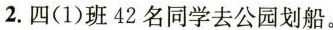
2.四（1）班42名同学去公园划船